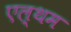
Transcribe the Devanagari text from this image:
एल्थम